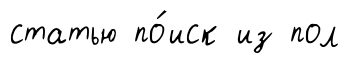
статью по́иск из пол